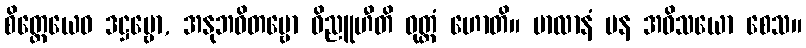
စိတ္တေယေဝ ဒဋ္ဌဗ္ဗော, အနုဘဝိတဗ္ဗော ဝိညူဟီတိ ဝုတ္တံ ဟောတိ။ ဗာလာနံ ပန အဝိသယော စေသ။